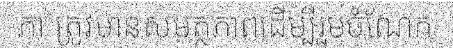
ភា ត្រូវមានសមត្ថភាពដើម្បីរួមចំណែក